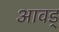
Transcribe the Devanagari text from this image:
आवड्